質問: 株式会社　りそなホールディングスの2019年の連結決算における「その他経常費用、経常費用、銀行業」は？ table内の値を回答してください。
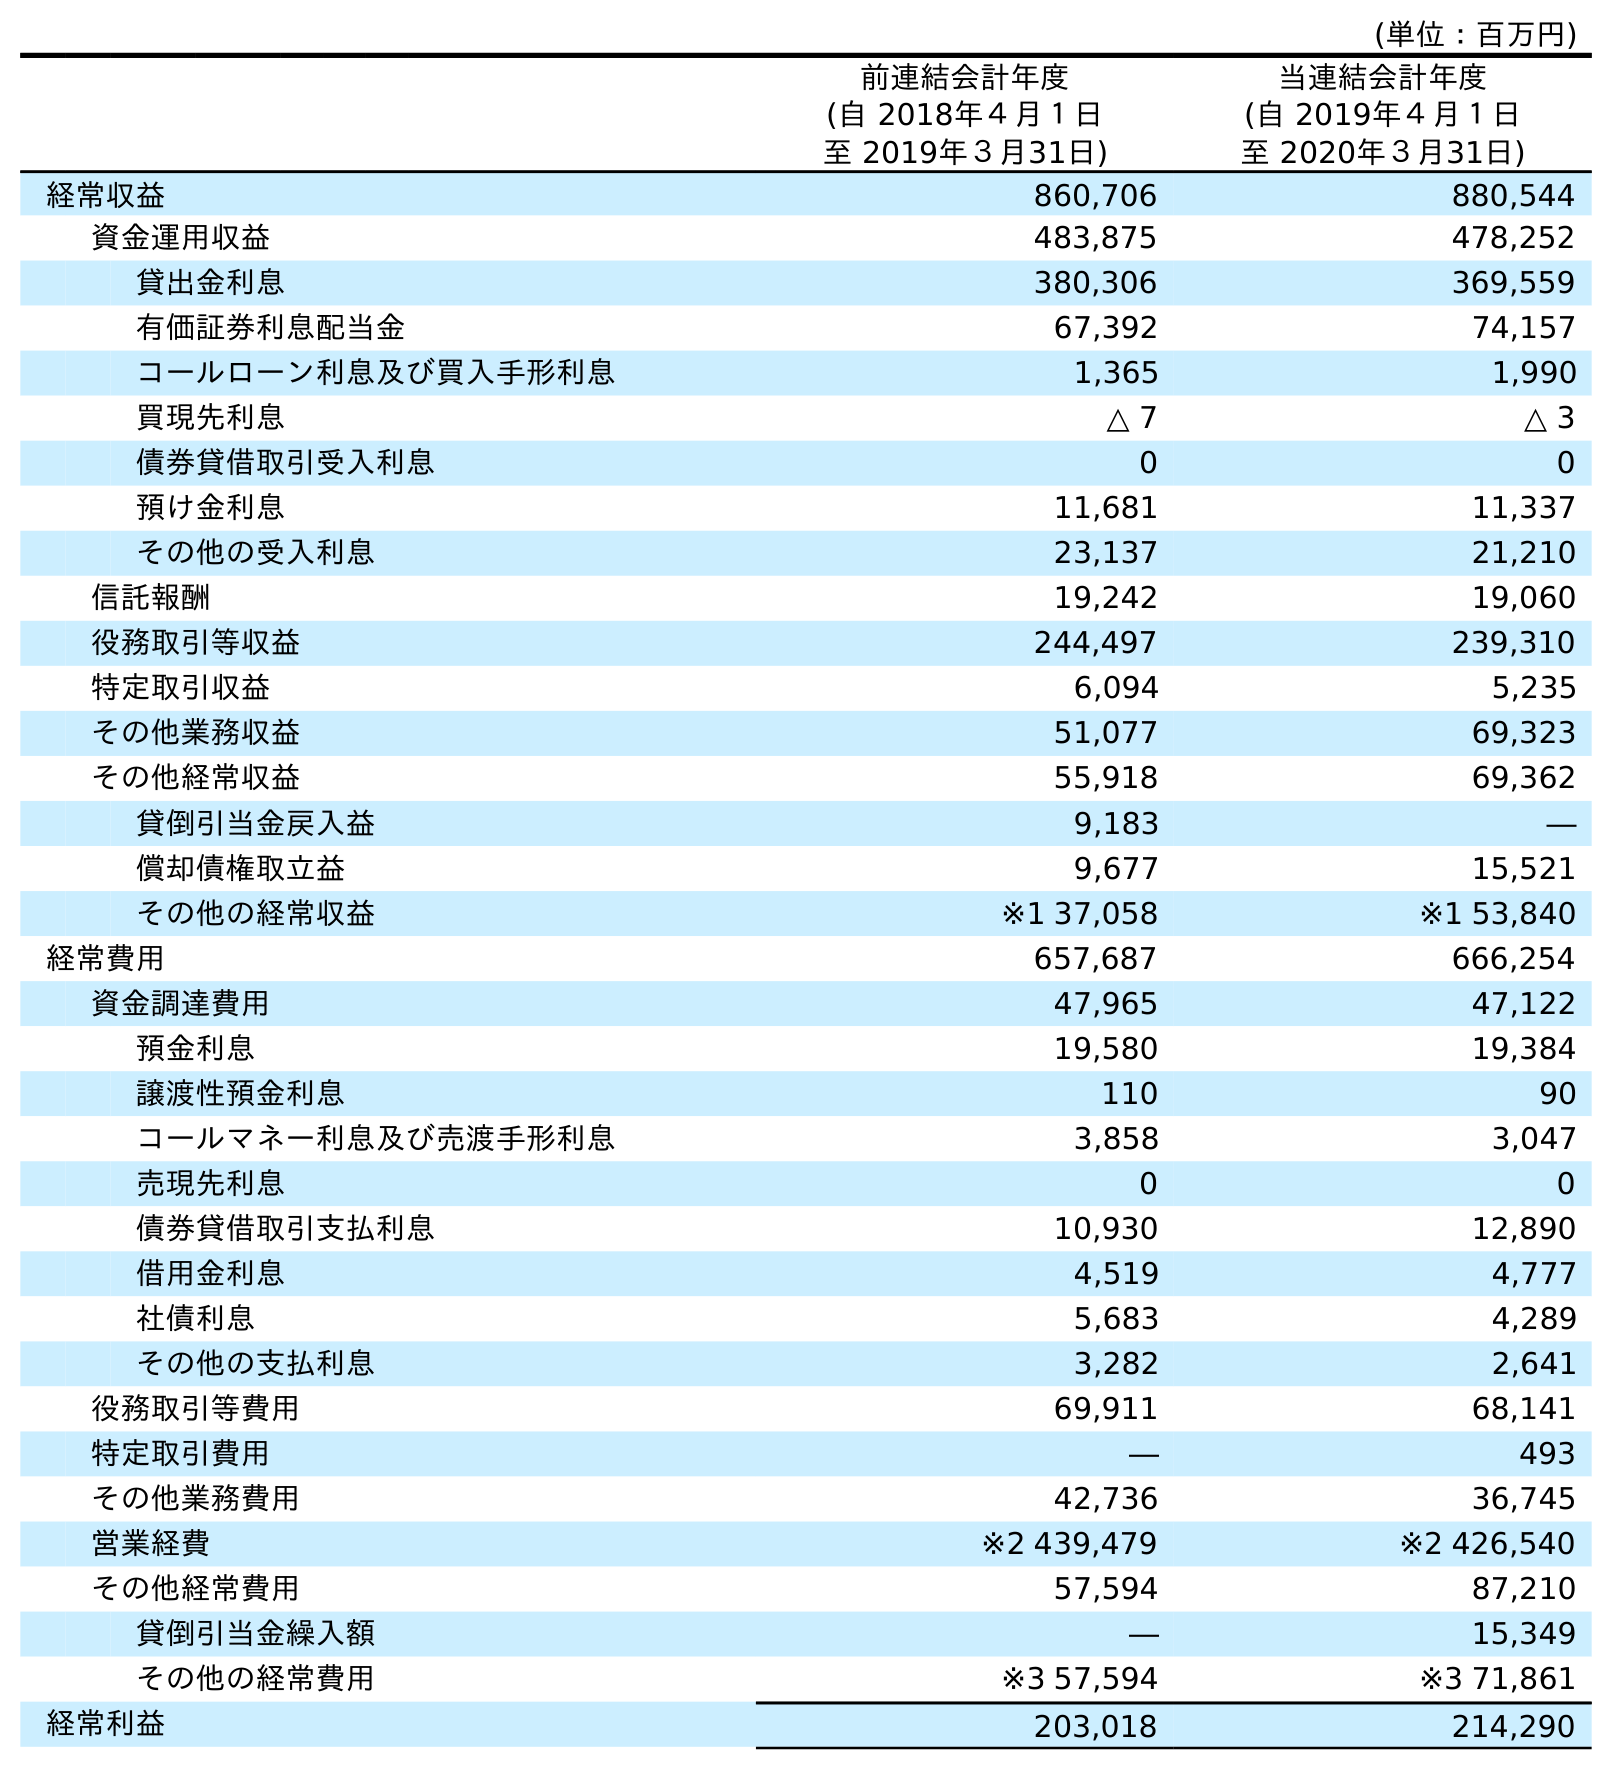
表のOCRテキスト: (単位：百万円) 前連結会計年度 (自 2018年４月１日 至 2019年３月31日) 当連結会計年度 (自 2019年４月１日 至 2020年３月31日) 経常収益 860,706 880,544 資金運用収益 483,875 478,252 貸出金利息 380,306 369,559 有価証券利息配当金 67,392 74,157 コールローン利息及び買入手形利息 1,365 1,990 買現先利息 △ 7 △ 3 債券貸借取引受入利息 0 0 預け金利息 11,681 11,337 その他の受入利息 23,137 21,210 信託報酬 19,242 19,060 役務取引等収益 244,497 239,310 特定取引収益 6,094 5,235 その他業務収益 51,077 69,323 その他経常収益 55,918 69,362 貸倒引当金戻入益 9,183 ― 償却債権取立益 9,677 15,521 その他の経常収益 ※1 37,058 ※1 53,840 経常費用 657,687 666,254 資金調達費用 47,965 47,122 預金利息 19,580 19,384 譲渡性預金利息 110 90 コールマネー利息及び売渡手形利息 3,858 3,047 売現先利息 0 0 債券貸借取引支払利息 10,930 12,890 借用金利息 4,519 4,777 社債利息 5,683 4,289 その他の支払利息 3,282 2,641 役務取引等費用 69,911 68,141 特定取引費用 ― 493 その他業務費用 42,736 36,745 営業経費 ※2 439,479 ※2 426,540 その他経常費用 57,594 87,210 貸倒引当金繰入額 ― 15,349 その他の経常費用 ※3 57,594 ※3 71,861 経常利益 203,018 214,290
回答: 57,594